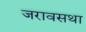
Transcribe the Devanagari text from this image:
जरावसथा